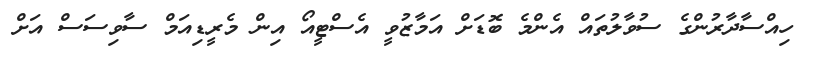
ހިއްސާދާރުންގެ ސުވާލުތައް އެންމެ ބޮޑަށް އަމާޒުވީ އެސްޓީއޯ އިން މެރީޑިއަމް ސާވިސަސް އަށް